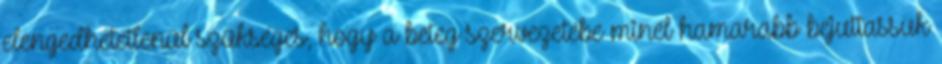
elengedhetetlenül szükséges, hogy a beteg szervezetébe minél hamarabb bejuttassuk